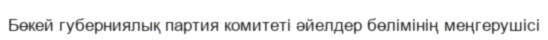
Бөкей губерниялық партия комитеті әйелдер бөлімінің меңгерушісі